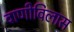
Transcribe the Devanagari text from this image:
वाणीविलास